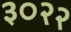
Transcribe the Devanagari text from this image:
३०२२